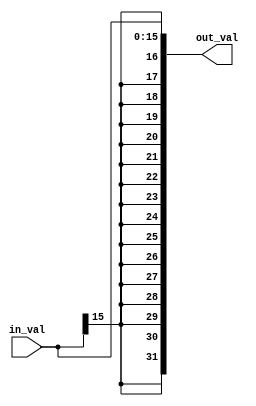
module sign_extension(in_val,out_val);
input[15:0] in_val;
output[31:0] out_val;
reg[31:0] out_val;
always@(in_val)
begin
out_val[31:0]={{16{in_val[15]}},in_val};
end
endmodule